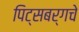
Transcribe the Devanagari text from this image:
पिट्सबर्गचे